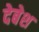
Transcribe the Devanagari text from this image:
देबेश